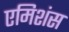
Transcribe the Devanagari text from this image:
एमिशंस